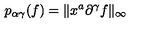
p _ { \alpha \gamma } ( f ) = \Vert x ^ { a } \partial ^ { \gamma } f \Vert _ { \infty }